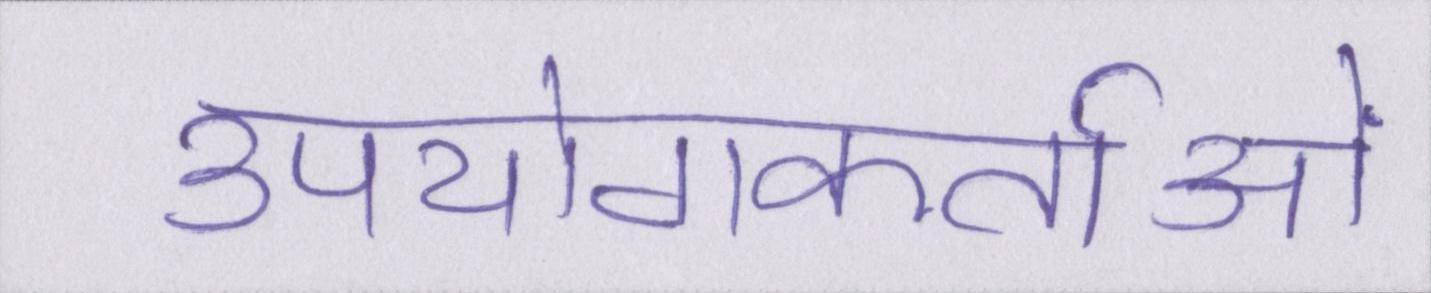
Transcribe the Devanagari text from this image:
उपयोगकर्ताओं